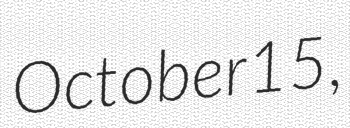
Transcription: October 15,